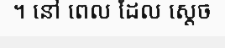
។ នៅ ពេល ដែល ស្តេច